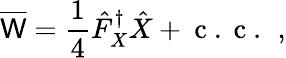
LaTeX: \overline{{\mathsf{W}}}=\frac{1}{4}\hat{F}_{X}^{\dagger}\hat{X}+\mathrm{~c~.~c~.~}\, ,